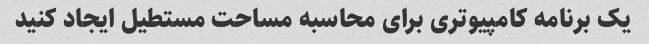
یک برنامه کامپیوتری برای محاسبه مساحت مستطیل ایجاد کنید